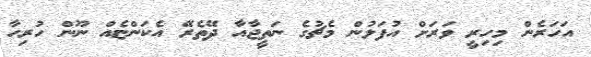
އަހަރެން މިހިރީ ވަރަށް އުފަލުން މެޗުގެ ނަތީޖާއާ ދޭތެރޭ އެކަންޏެއް ނޫން ހުރިހާ